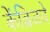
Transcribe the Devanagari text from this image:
केंब्रिजचे